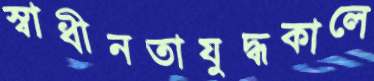
স্বাধীনতাযুদ্ধকালে